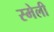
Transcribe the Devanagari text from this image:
स्मेली